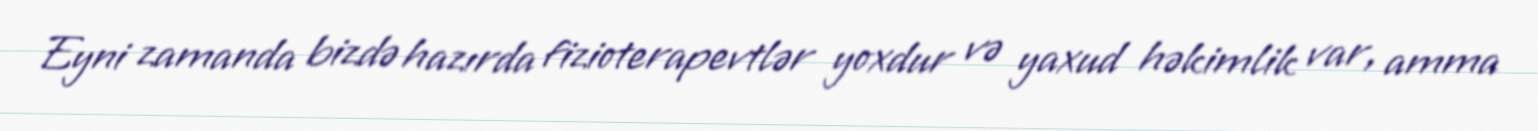
Eyni zamanda bizdə hazırda fizioterapevtlər yoxdur və yaxud həkimlik var, amma